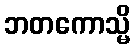
ဘတကောသ္မိ